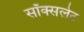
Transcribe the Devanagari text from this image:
सॉक्सलेट